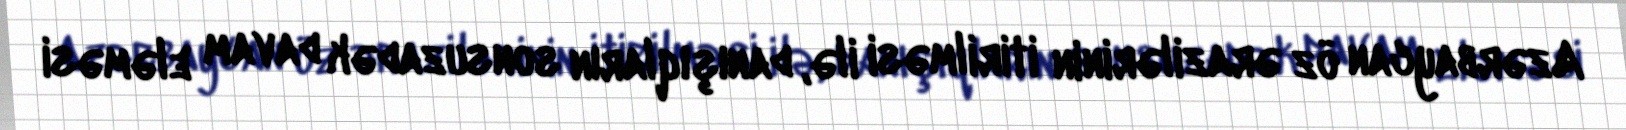
Azərbaycan öz ərazilərinin itirilməsi ilə, danışıqların sonsuzadək davam eləməsi